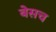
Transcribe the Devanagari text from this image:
बेसच